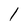
Character: I